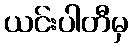
ယင်းပါတီမှ